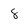
Character: 8